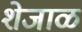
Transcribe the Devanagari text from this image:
शेजाळ